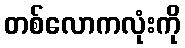
တစ်လောကလုံးကို